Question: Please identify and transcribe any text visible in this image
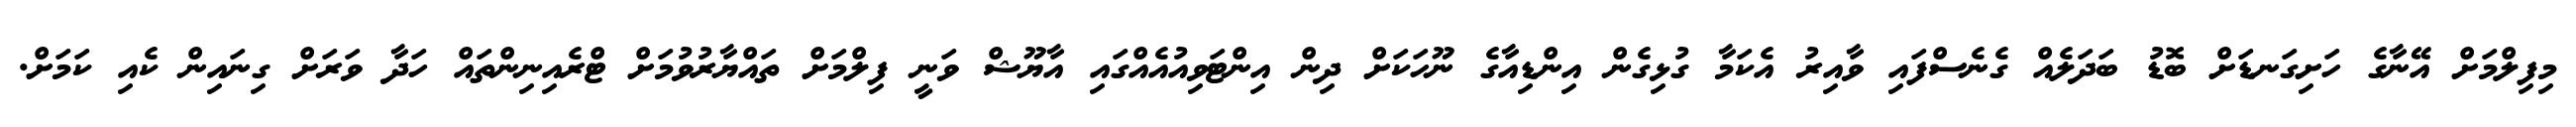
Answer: މިފިލްމަށް އޭނާގެ ހަށިގަނޑަށް ބޮޑު ބަދަލެއް ގެނެސްފައި ވާއިރު އެކަމާ ގުޅިގެން އިންޑިއާގެ ނޫހަކަށް ދިން އިންޓަވިއުއެއްގައި އާޔޫޝް ވަނީ ފިލްމަށް ތައްޔާރުވުމަށް ޓްރެއިނިންތައް ހަދާ ވަރަށް ގިނައިން ކެއި ކަމަށް.